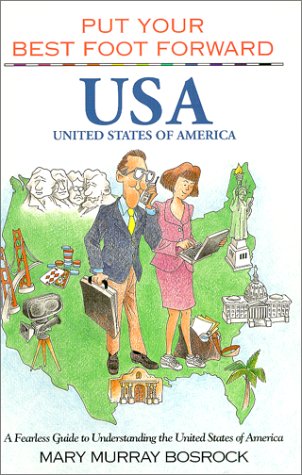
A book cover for Put Your Best Foot Forward, USA : A Fearless Guide to Understanding the United States of America (Put Your Best Foot Forward, Book 6); Mary Murray Bosrock; Travel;